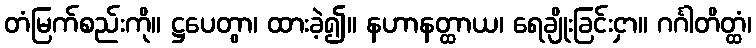
တံမြက်စည်းကို။ ဋ္ဌပေတွာ၊ ထားခဲ့၍။ နဟာနတ္ထာယ၊ ရေချိုးခြင်းငှာ။ ဂင်္ဂါတိတ္ထံ၊